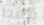
فقط